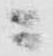
日